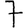
Digit: 7